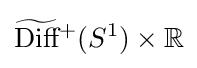
{\widetilde {\text{Diff}}}{}^{+}(S^{1})\times \mathbb {R}